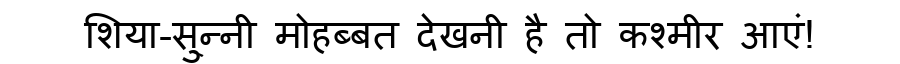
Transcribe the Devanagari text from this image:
शिया-सु्न्नी मोहब्बत देखनी है तो कश्मीर आएं!